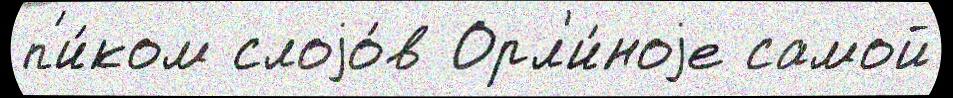
п'и́ком слоjо́в Орл'и́ноjе самой